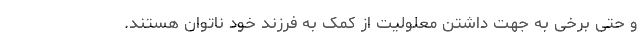
و حتی برخی به جهت داشتن معلولیت از کمک به فرزند خود ناتوان هستند.